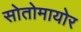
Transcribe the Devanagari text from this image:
सोतोमायोर